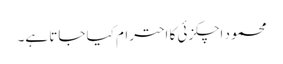
محمود اچکزئی کا احترام کیا جاتا ہے۔